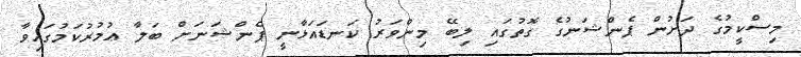
މިސްކީމުގެ ދަށުން ޕެންޝަނުގެ ގޮތުގައި ލިބޭ މިންވަރު ކަނޑައަޅާނީ ޕެންޝަނަށް ބަލާ ޢުމުރުކަމުގައިވާ